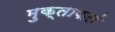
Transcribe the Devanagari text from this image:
मुक्ताफलं